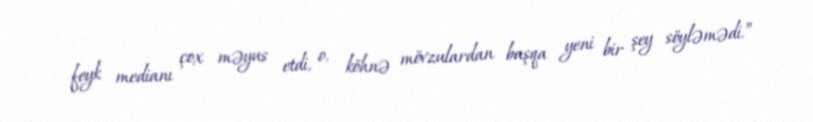
feyk medianı çox məyus etdi, o, köhnə mövzulardan başqa yeni bir şey söyləmədi.”